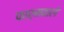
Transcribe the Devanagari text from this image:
फार्मवाले